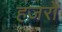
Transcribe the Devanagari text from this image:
हज़रों